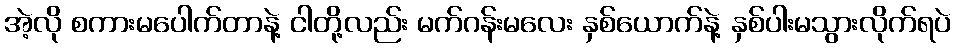
အဲ့လို စကားမပေါက်တာနဲ့ ငါတို့လည်း မက်ဂန်းမလေး နှစ်ယောက်နဲ့ နှစ်ပါးမသွားလိုက်ရပဲ